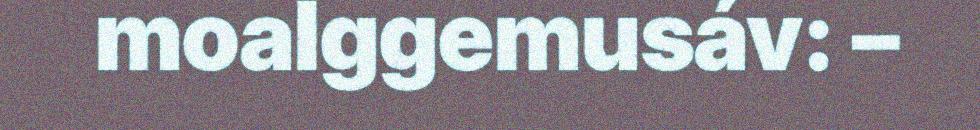
moalggemusáv: –